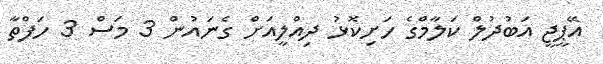
އޭޕީޖީ އަބުދުލް ކަލާމްގެ ހަށިކޮޅު ދިއްލީއަށް ގެނައުން 3 މަސް 3 ހަފްތާ